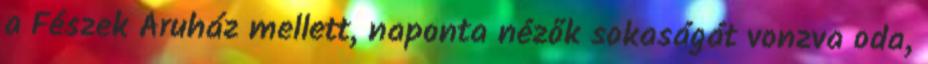
a Fészek Áruház mellett, naponta nézők sokaságát vonzva oda,